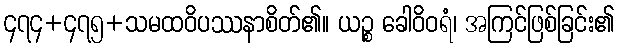
၄၇၄+၄၇၅+သမထဝိပဿနာစိတ်၏။ ယဉ္စ ခေါဝိဝရံ၊ အကြင်ဖြစ်ခြင်း၏